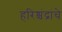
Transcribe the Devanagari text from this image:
हरिश्चंद्रांचे